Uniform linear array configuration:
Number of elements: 64
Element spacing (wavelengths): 0.25
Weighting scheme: hann
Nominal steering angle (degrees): -45
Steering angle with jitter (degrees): -43.605
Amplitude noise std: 0.05
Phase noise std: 0.05

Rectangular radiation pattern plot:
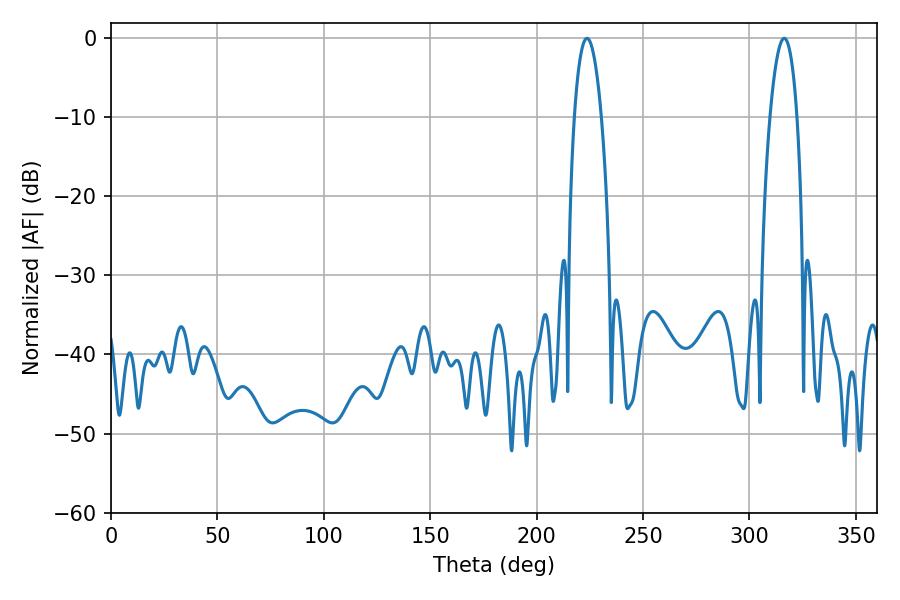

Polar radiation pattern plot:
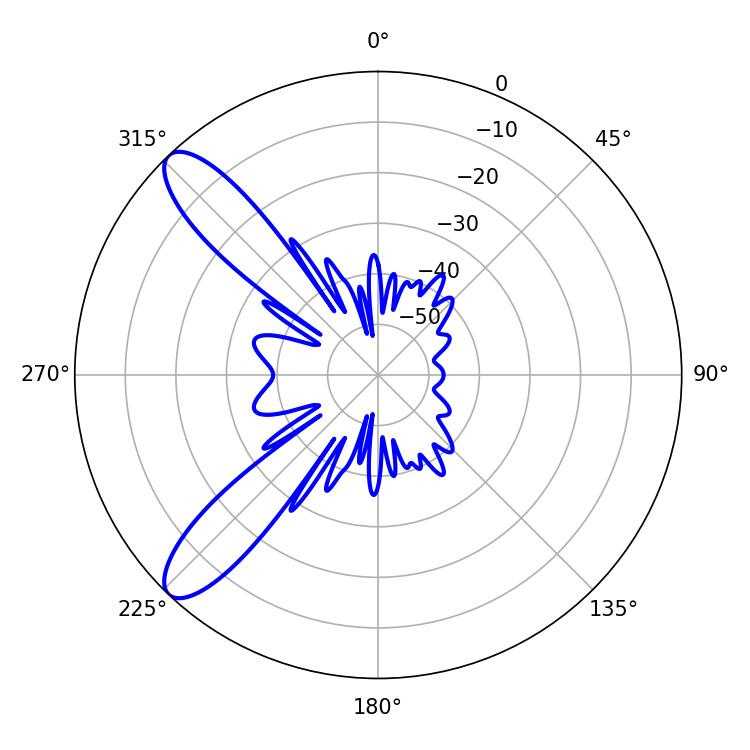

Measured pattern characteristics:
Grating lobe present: FALSE
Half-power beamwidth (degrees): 7.02
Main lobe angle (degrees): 223.74